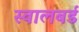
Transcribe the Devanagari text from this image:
स्वालबर्ड